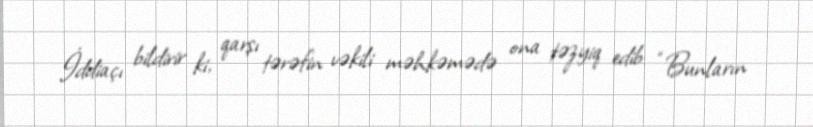
İddiaçı bildirir ki, qarşı tərəfin vəkili məhkəmədə ona təzyiq edib: “Bunların